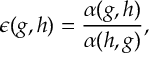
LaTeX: \epsilon ( g , h ) = \frac { \alpha ( g , h ) } { \alpha ( h , g ) } ,